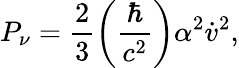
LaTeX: P_{\nu}=\frac{2}{3}\left(\frac{\hbar}{c^{2}}\right)\alpha^{2}\dot{v}^{2},